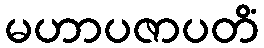
မဟာပဇာပတိံ